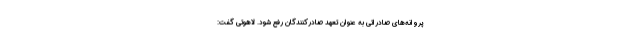
پروانه‌های صادراتی به عنوان تعهد صادرکنندگان رفع شود. لاهوتی گفت: